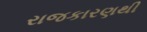
રાજકારણથી